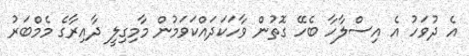
އެ ދުވަހު އެ އިސްލާހާ ބެހޭ ގޮތުން ވާހަކަދައްކަވަމުން މާމިގިލީ ދާއިރާގެ މެމްބަރު